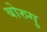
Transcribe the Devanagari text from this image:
बोरुगु